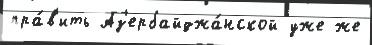
пра́в'ить Аз'ербайджа́нской уже же